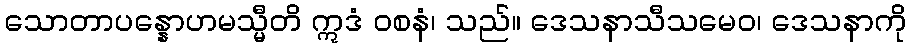
သောတာပန္နောဟမသ္မီတိ ဣဒံ ဝစနံ၊ သည်။ ဒေသနာသီသမေဝ၊ ဒေသနာကို